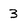
Character: 3